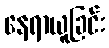
နေရာယူခြင်း